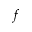
f